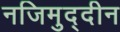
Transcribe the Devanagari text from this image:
नजिमुद्दीन